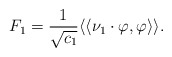
\begin{align*}F_1= \frac{1}{\sqrt{c_1}}\langle\langle \nu_1 \cdot \varphi , \varphi \rangle\rangle.\end{align*}